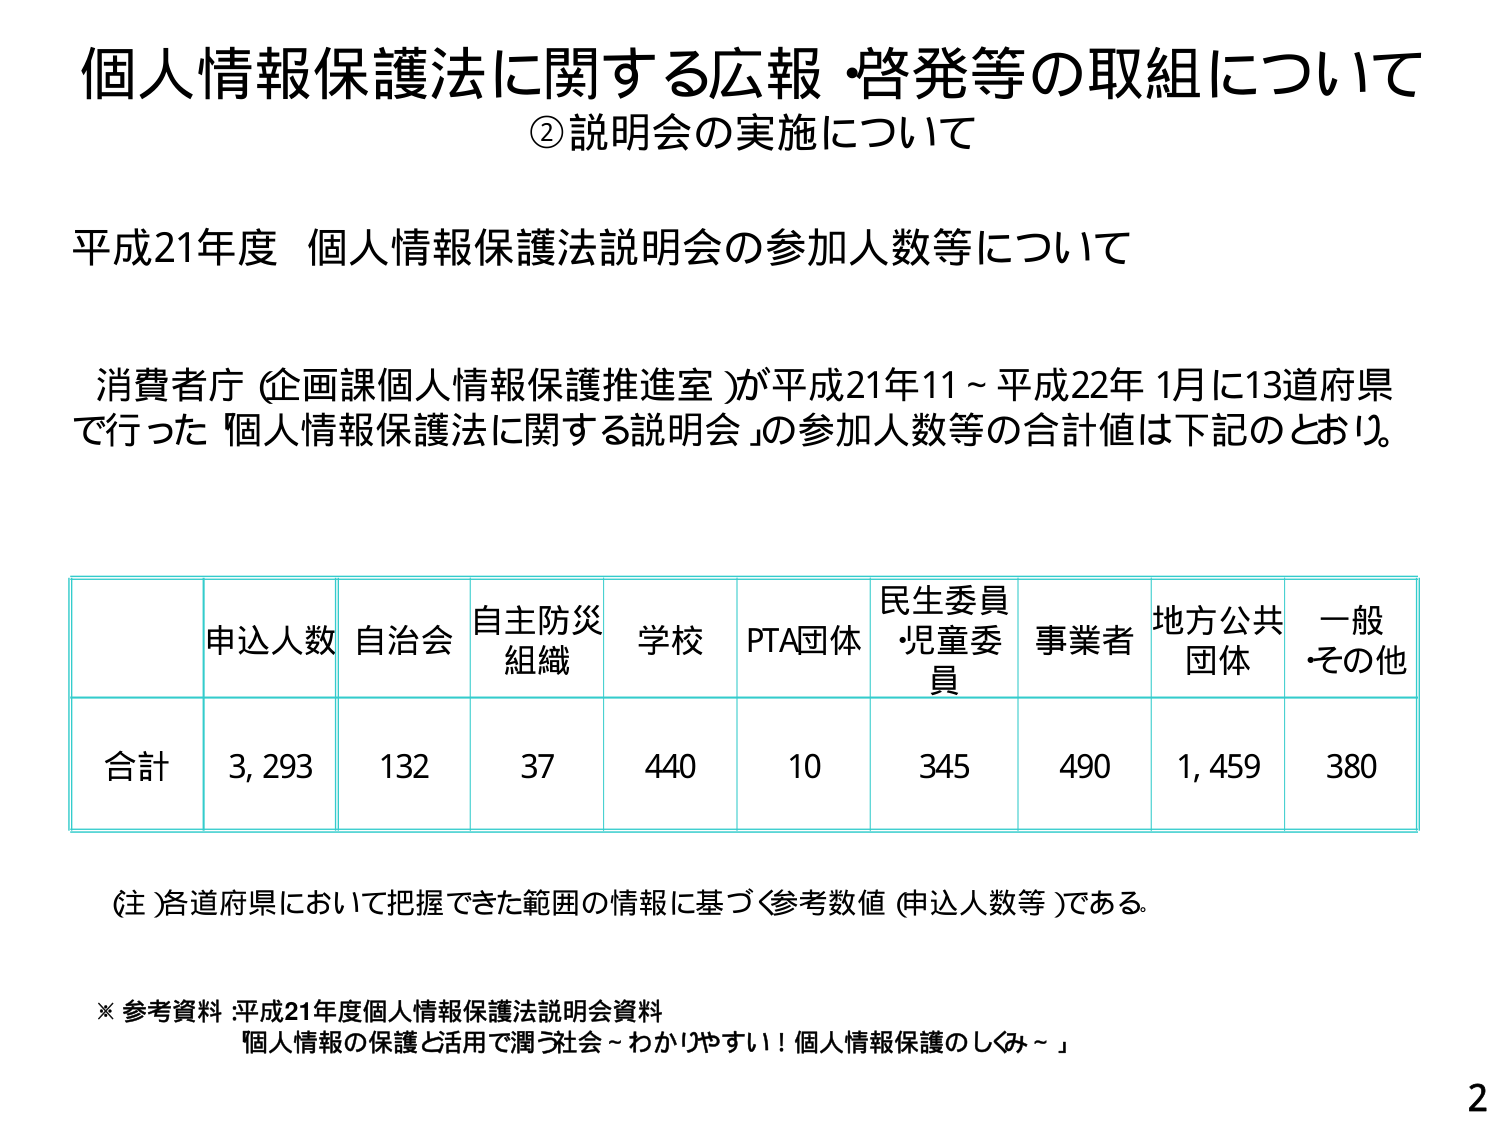
個人情報保護法に関する広報・啓発等の取組について
②説明会の実施について

平成21年度 個人情報保護法説明会の参加人数等について

消費者庁（企画課個人情報保護推進室）が平成21年11～平成22年1月に13道府県
で行った「個人情報保護法に関する説明会」の参加人数等の合計値は下記のとおり。

| | 申込人数 | 自治会 | 自主防災組織 | 学校 | PTA団体 | 民生委員・児童委員 | 事業者 | 地方公共団体 | 一般・その他 |
|---|---|---|---|---|---|---|---|---|---|
| 合計 | 3,293 | 132 | 37 | 440 | 10 | 345 | 490 | 1,459 | 380 |

（注）各道府県において把握できた範囲の情報に基づく参考数値（申込人数等）である。

※ 参考資料：平成21年度個人情報保護法説明会資料
「個人情報の保護と活用で潤う社会～わかりやすい！個人情報保護のしくみ～」

2